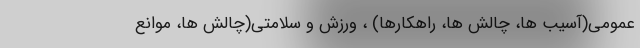
عمومی(آسیب ها، چالش ها، راهکارها) ، ورزش و سلامتی(چالش ها، موانع